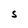
Character: S